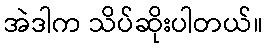
အဲဒါက သိပ်ဆိုးပါတယ်။